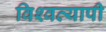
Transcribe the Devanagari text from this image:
विश्‍वव्यापी